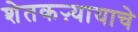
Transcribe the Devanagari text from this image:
शेतकऱ्यायाचे